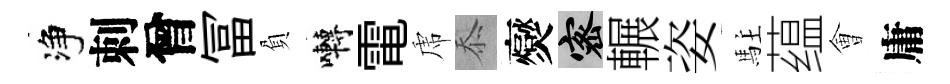
净刺曾冨負囀電虎忝爕密輾姿駐蕴㑹庸